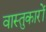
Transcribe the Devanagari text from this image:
वास्‍तुकारों